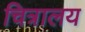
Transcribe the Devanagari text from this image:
चित्रालय